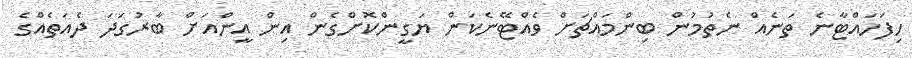
ހިފަހައްޓާނެ ތަނެއް ނެތުމުން ބިންމައްޗަށް ވެއްޓޭނެކަން ޔަގީންކޮށްގެން އިން އީންއަށް ބާރުގަދަ ދެއަތެއްގެ